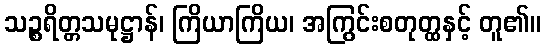
သဉ္စရိတ္တသမုဋ္ဌာန်၊ ကြိယာကြိယ၊ အကြွင်းစတုတ္ထနှင့် တူ၏။